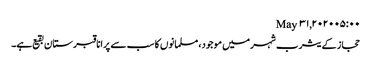
May ۳۱, ۲۰۲۰ ۰۵:۰۰
حجاز کے یثرب شہرمیں موجود، مسلمانوں کا سب سے پرانا قبرستان بقیع ہے۔